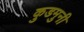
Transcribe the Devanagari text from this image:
कुडमुनी